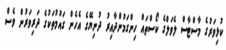
ކުޅިވަރުގެ މާސްޓާސް ލެވަލްގެ ކޯސްތައް ހިންގަމުންދާއިރު ދުނިޔޭގެ އެހެން ގައުމުތަކުގެ ދަރިވަރުން ވެސް